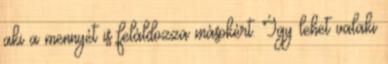
aki a mennyét is feláldozza másokért. Így lehet valaki